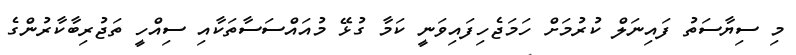
މި ސިޔާސަތު ފައިނަލް ކުރުމަށް ހަމަޖެހިފައިވަނީ ކަމާ ގުޅޭ މުއައްސަސާތަކާއި ސިއްހީ ތަޖުރިބާކާރުންގެ